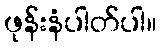
ဖုန်းနံပါတ်ပါ။